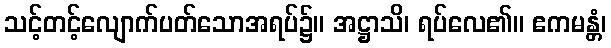
သင့်တင့်လျောက်ပတ်သောအရပ်၌။ အဋ္ဌာသိ၊ ရပ်လေ၏။ ဧကမန္တံ၊